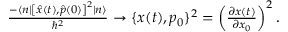
\begin{array} { r } { \frac { - \langle n | \left[ { \hat { x } } ( t ) , \hat { p } ( 0 ) \right] ^ { 2 } | n \rangle } { \hbar ^ { 2 } } \rightarrow \{ x ( t ) , p _ { 0 } \} ^ { 2 } = \left( \frac { \partial x ( t ) } { \partial x _ { 0 } } \right) ^ { 2 } . } \end{array}